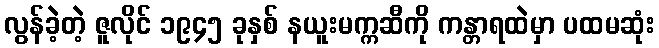
လွန်ခဲ့တဲ့ ဇူလိုင် ၁၉၄၅ ခုနှစ် နယူးမက္ကဆီကို ကန္တာရထဲမှာ ပထမဆုံး